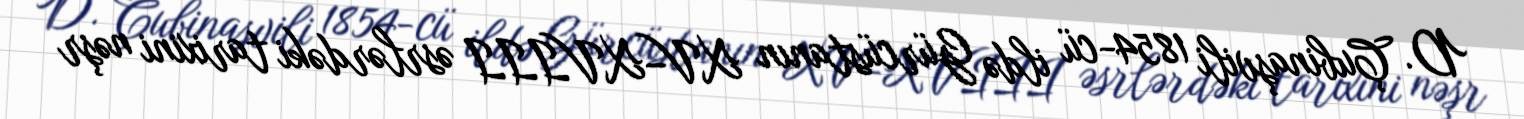
D. Çubinaşvili 1854-cü ildə Gürcüstanın XV–XVIII əsrlərdəki tarixini nəşr